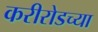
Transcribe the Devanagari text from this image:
करीरोडच्या